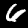
Digit: 6